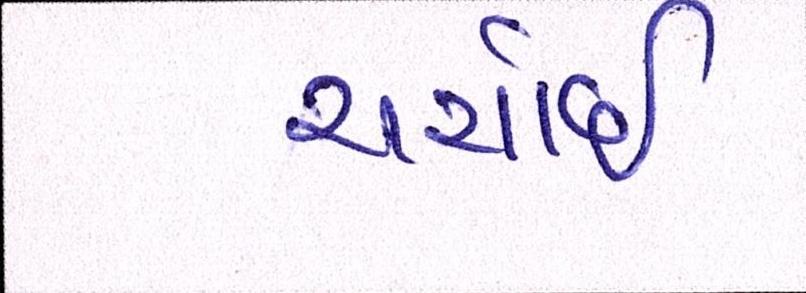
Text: ચર્ચાઇ